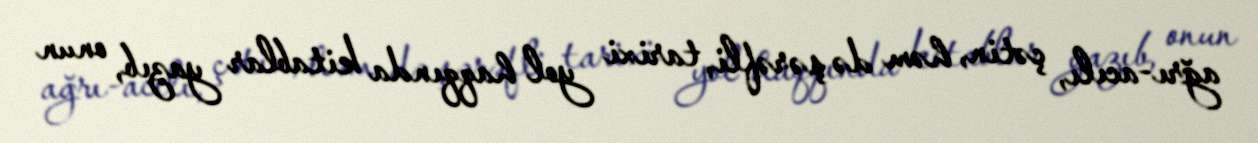
ağrı-acılı, çətin, həm də şərəfli, tarixi yol haqqında kitablar yazıb, onun